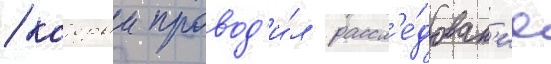
/ которыи провод'и́л рассл'е́дован'ие